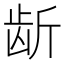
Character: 龂